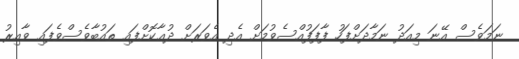
ނަމަވެސް އޭނަ މިއަދު ނަމާދަށްފަހު ފާފަފުއްސެވުމަށް އެދި އެވަރަށް ދުޢާކޮށްފައި ތައުބާވެސްވެފައި ވާއިރު